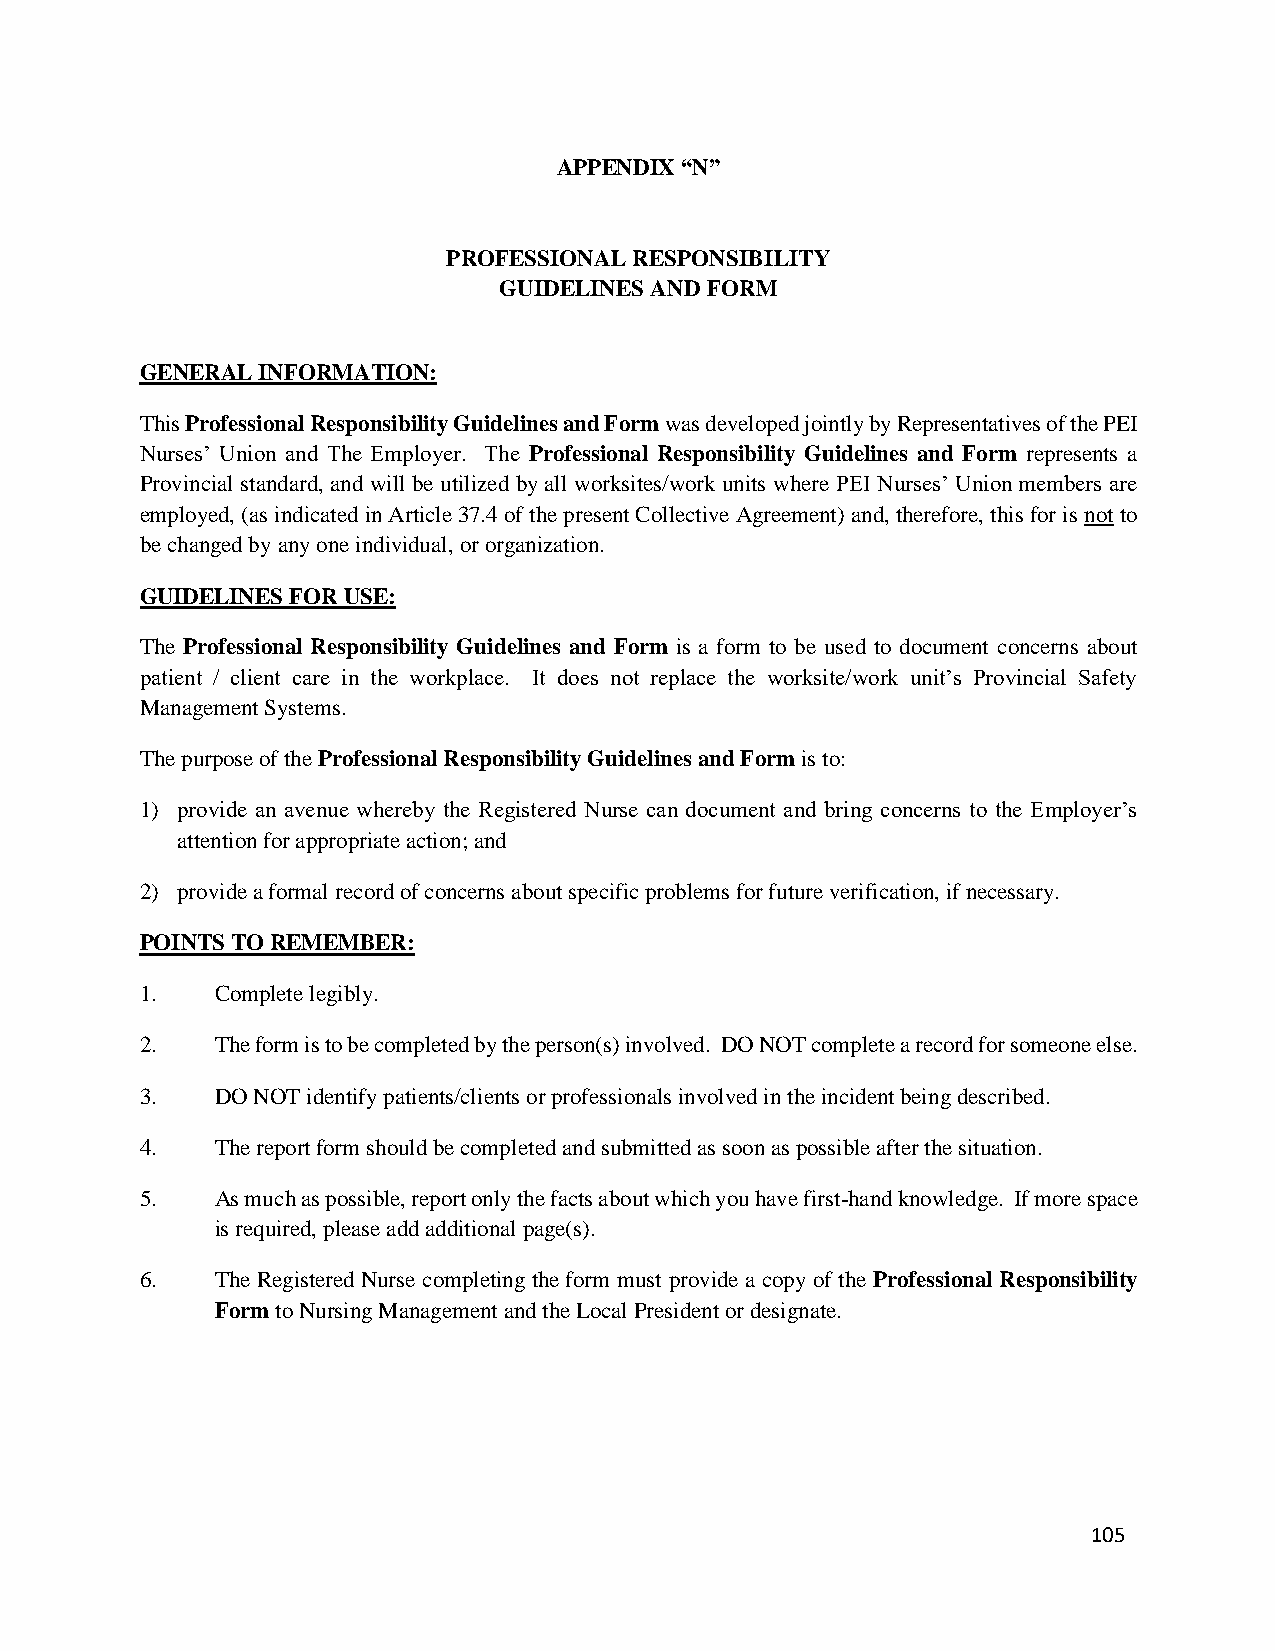
APPENDIX “N”
 PROFESSIONAL RESPONSIBILITY
 GUIDELINES AND FORM
 GENERAL INFORMATION:
 This Professional Responsibility Guidelines and Form was developed jointly by Representatives of the PEI
 Nurses’ Union and The Employer. The Professional Responsibility Guidelines and Form represents a
 Provincial standard, and will be utilized by all worksites/work units where PEI Nurses’ Union members are
 employed, (as indicated in Article 37.4 of the present Collective Agreement) and, therefore, this for is not to
 be changed by any one individual, or organization.
 GUIDELINES FOR USE:
 The Professional Responsibility Guidelines and Form is a form to be used to document concerns about
 patient / client care in the workplace. It does not replace the worksite/work unit’s Provincial Safety
 Management Systems.
 The purpose of the Professional Responsibility Guidelines and Form is to:
 1) provide an avenue whereby the Registered Nurse can document and bring concerns to the Employer’s
 attention for appropriate action; and
 2) provide a formal record of concerns about specific problems for future verification, if necessary.
 POINTS TO REMEMBER:
 1.   Complete legibly.
 2.   The form is to be completed by the person(s) involved. DO NOT complete a record for someone else.
 3.   DO NOT identify patients/clients or professionals involved in the incident being described.
 4.   The report form should be completed and submitted as soon as possible after the situation.
 5.   As much as possible, report only the facts about which you have first-hand knowledge. If more space
 is required, please add additional page(s).
 6.   The Registered Nurse completing the form must provide a copy of the Professional Responsibility
 Form to Nursing Management and the Local President or designate.
 105